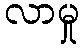
လာမှု